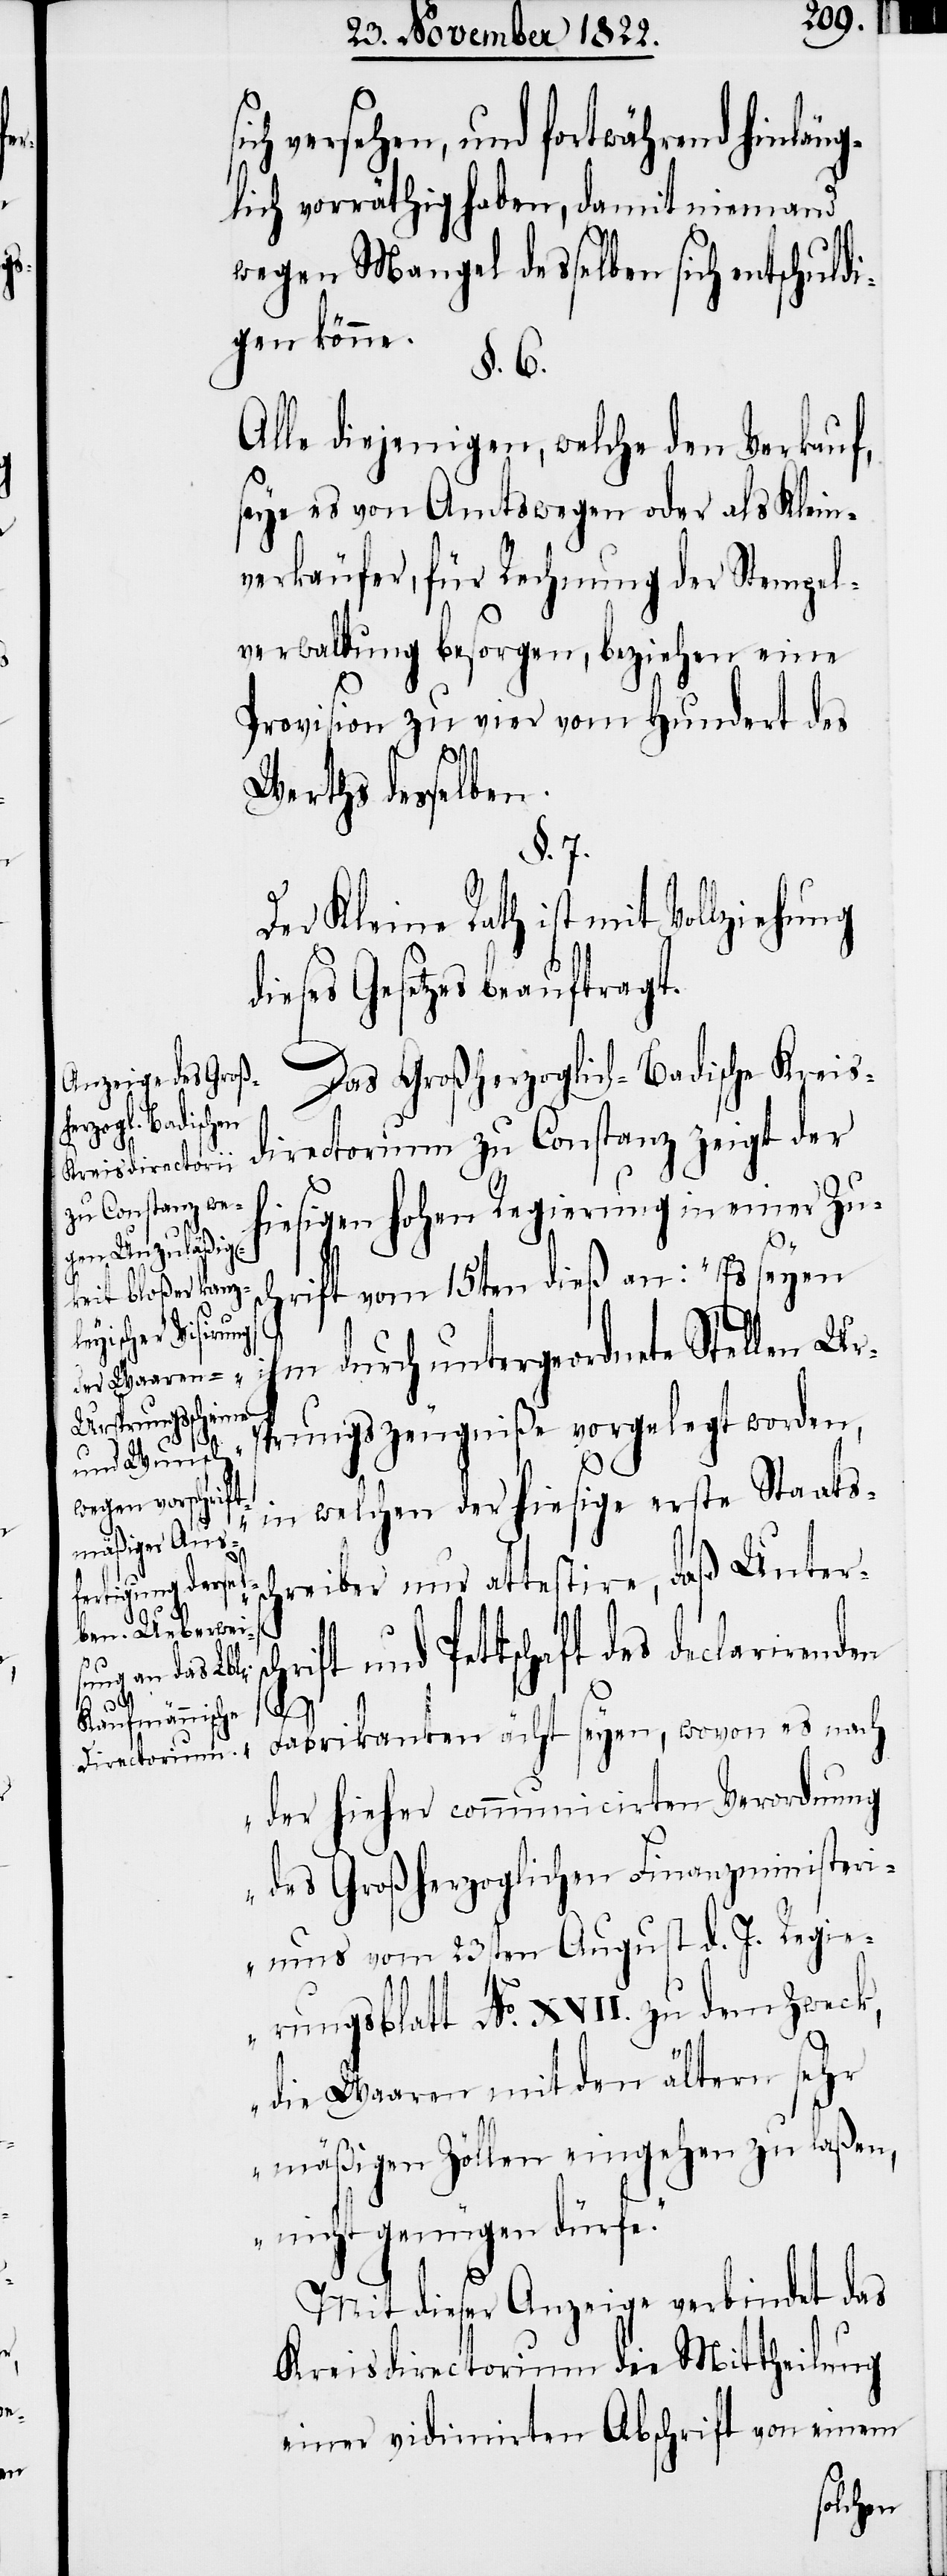
ich versehen, und fortwährend hinlän¬
glich vorräthig haben, damit niemand
wegen Mangel desselben sich entschuld¬
igen könne.
§.6.
Alle diejenigen, welche den Verkauf,
seye es von Amtwegen oder als Klein¬
verkäufer, für Rechnung der Stempel¬
verwaltung besorgen, beziehen eine
Provision zu vier vom Hundert des
Werths desselben.
§. 7.
Der Kleine Rath ist mit Vollziehung
dieses Gesetzes beauftragt.
Das Großherzoglich-Badische Kreis¬
directorium zu Constanz zeigt der
iesigen hohen Regierung in einer Zu¬
schrift vom 15ten dieß an: „Es seyen
m durch untergeordnete Stellen Urs¬
prungszeugniße vorgelegt worden,
h¬
s¬
in welchen der hiesige erste Staatssc¬
hreiber nur attestire, daß Unter¬
rift und Pettschaft des declarirenden
sch¬
Fabrikanten ächt seyen, wovon es nach
der hieher communicirten Verordnung
des Großherzoglichen Finanzministeri¬
ums vom 23sten August d. J. Regie¬
rungsblatt No. XVII. zu dem Zweck,
die Waaren mit den ältern sehr
mäßigen Zöllen eingehen zu laßen,
nicht genügen dürfe.“
Mit dieser Anzeige verbindet das
Kreisdirectorium die Mittheilung
einer vidimirten Abschrift von einem